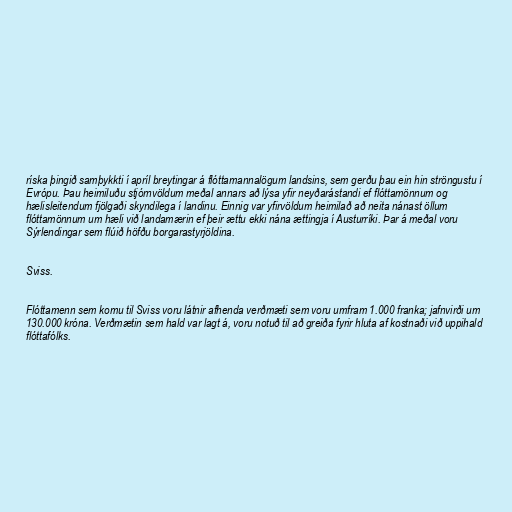
ríska þingið samþykkti í apríl breytingar á flóttamannalögum landsins, sem gerðu þau ein hin ströngustu í
Evrópu. Þau heimiluðu stjórnvöldum meðal annars að lýsa yfir neyðarástandi ef flóttamönnum og
hælisleitendum fjölgaði skyndilega í landinu. Einnig var yfirvöldum heimilað að neita nánast öllum
flóttamönnum um hæli við landamærin ef þeir ættu ekki nána ættingja í Austurríki. Þar á meðal voru
Sýrlendingar sem flúið höfðu borgarastyrjöldina.

Sviss.

Flóttamenn sem komu til Sviss voru látnir afhenda verðmæti sem voru umfram 1.000 franka; jafnvirði um
130.000 króna. Verðmætin sem hald var lagt á, voru notuð til að greiða fyrir hluta af kostnaði við uppihald
flóttafólks.